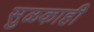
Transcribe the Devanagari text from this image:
सुळकाही